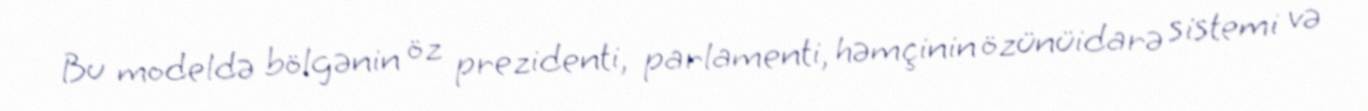
Bu modeldə bölgənin öz prezidenti, parlamenti, həmçinin özünüidarə sistemi və